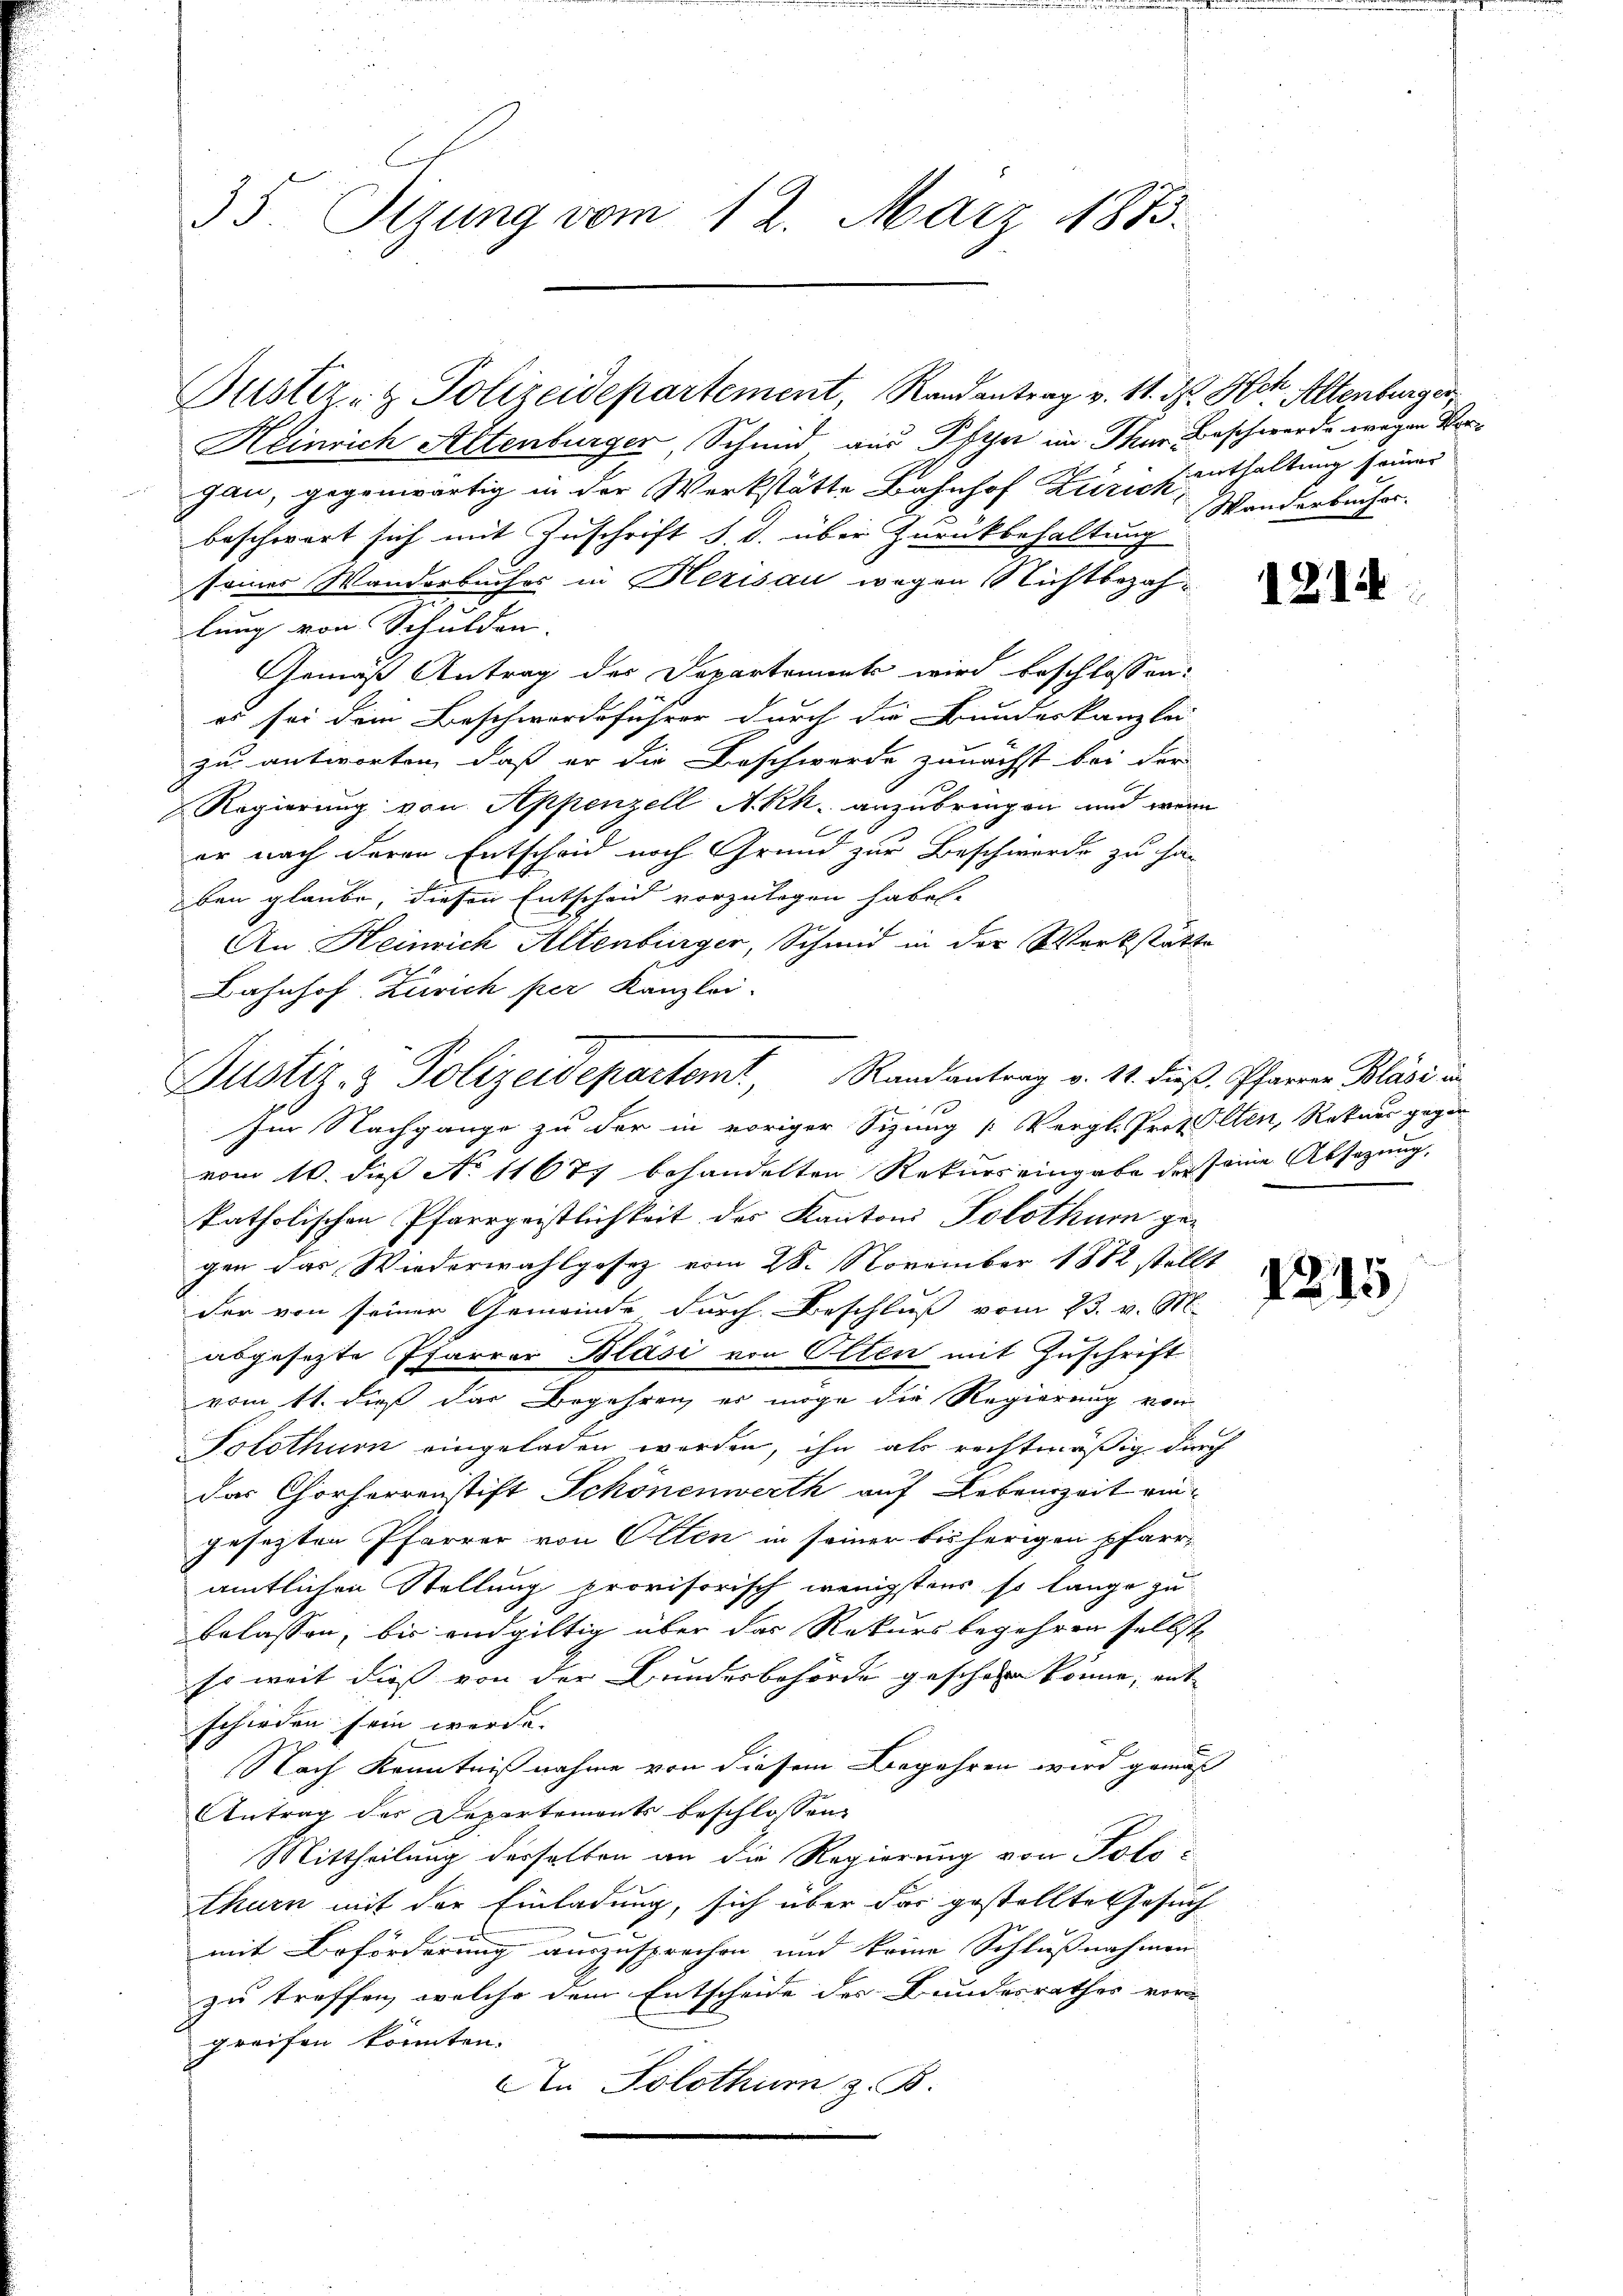
35. Tizung vom 12. März 1873.

Puster- & Polizeidepartement, Randantrag v. 11. d. Hch. Altenburger

Justiz- & Polizeidepartemt, Randantrag v. 11. dieß. Pfarrer Blasi in

Heinrich Altenburger, Schmid aus Pfeger im Thur Beschwerde wegen Vergau, gegenwärtig in der Werkstätte Bahnhof Zürichenthaltung seiner
beschwert sich mit Zuschrift d. d. über Zurückbehaltung
seiner Wanderbuches in Herisau wegen Nichtbezahlung von Schulden. |
Gemäß Antrag des Departement wird beschlossen:
es sei dein Beschwerdeführer durch die Bundeskanzlei
zu antworten, daß er die Beschwerde zunächst bei der
Regierung von Appenzell A.Rh. anzubringen und wenn
er nach deren Entscheid nach Grund zur Beschwerde zu ha
ben glaube, diesen Entscheid vorzulegen haben.
An Heinrich Altenbürger, Schmid in der Werkstätte
Bahnhof Zürich per Kanzlei-
Im Nachgange zu der in voriger Sitzung „Vergl. Protolten, Rekurs gegen
vom 10. dieß No 11677 behandelten Rekurs eingabe der seine Absatzung,
Patholischen Pfarrgeistlichkeit des Kantons Solothurn ge-
gen das Wiederwahlgosez vom 28. November 1882 stellt
der von seiner Gemeinde durch Beschluß vom 23. v. M.
h
abgesetzte Pfarrer Bläsi von Olten mit Zuschrift
vom 11. dieß das Begehren er möge die Regierung von
Solothurn eingeladen worden, ihn als rechtmäßig durch
das Chorherrenstift Schönenwerth auf Lebenszeit eingesetzten Pfarrer von Olten in seiner bisherigen pfarr-
amtlichen Stellung provisorisch wenigstens so lange zu
belassen, bis endgültig über das Rekurs begehren selbst
Es weit dies von der Bundesbehörde geschen könne, ent-
schieden sein werde. |
Nach Kenntnißnahme von diesem Begehren wird gemäß
Antrag des Departements beschlossen:
Mittheilung desselben an die Regierung von Polothurn mit der Einladung, sich über das gestellte Gesuch
mit Beförderung auszusprechen und keine Schlußnahmen
zu treffen, welche dem Entscheide des Bundesrathes vor
greifen könnten.
An Solothurn z. B.

Wanderbücher.

1814

1245